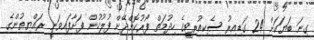
ގިނަ ބަޔަކަށް 24 ގަޑިއިރު ސެކިއުރިޓީގެ ހިދުމަތް ފޯރުކޮށްދޭން ފުލުހުން ފަށާފައިވަނީ ރައްޔިތުންގެ